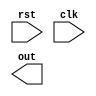
module accumulator(rst, clk, out);

input rst, clk;
output [3:0] out;

// TODO

endmodule